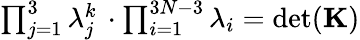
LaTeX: \begin{array}{r}{\prod_{j=1}^{3}\lambda_{j}^{k}\, \cdot\prod_{i=1}^{3N-3}\lambda_{i}=\operatorname*{det}(\mathbf{K})}\end{array}